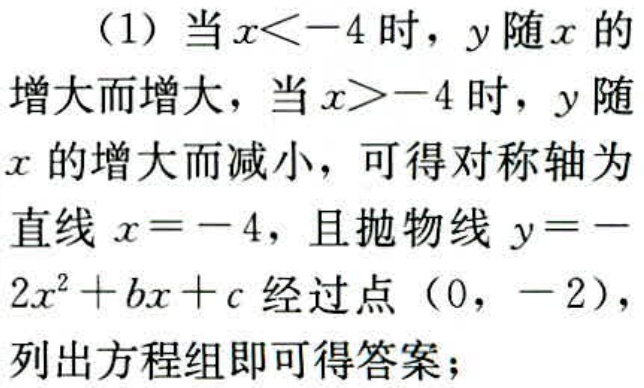
（1）当\(x < -4\)时，\(y\)随\(x\)的增大而增大，当\(x > -4\)时，\(y\)随\(x\)的增大而减小，可得对称轴为直线\(x = -4\)，且抛物线\(y = -2x^{2}+bx + c\)经过点\((0, -2)\)，列出方程组即可得答案；